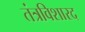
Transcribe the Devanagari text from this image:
तंत्रविशारद